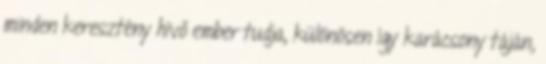
minden keresztény hívő ember tudja, különösen így karácsony táján,